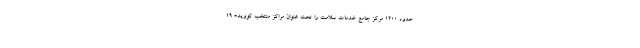
حدود ۱۲۰۰ مرکز جامع خدمات سلامت را تحت عنوان مراکز منتخب کووید- ۱۹